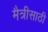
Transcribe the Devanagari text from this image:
मैत्रीसाठी